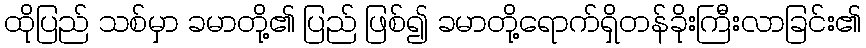
ထိုပြည် သစ်မှာ ခမာတို့၏ ပြည် ဖြစ်၍ ခမာတို့ရောက်ရှိတန်ခိုးကြီးလာခြင်း၏